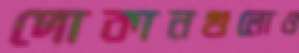
দোকানগুলোও